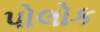
પોલોક